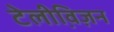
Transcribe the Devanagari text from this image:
टेलीवि़ज़न